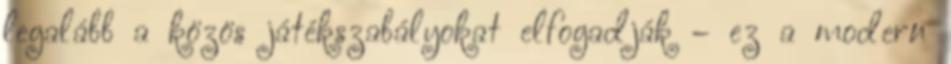
legalább a közös játékszabályokat elfogadják – ez a modern